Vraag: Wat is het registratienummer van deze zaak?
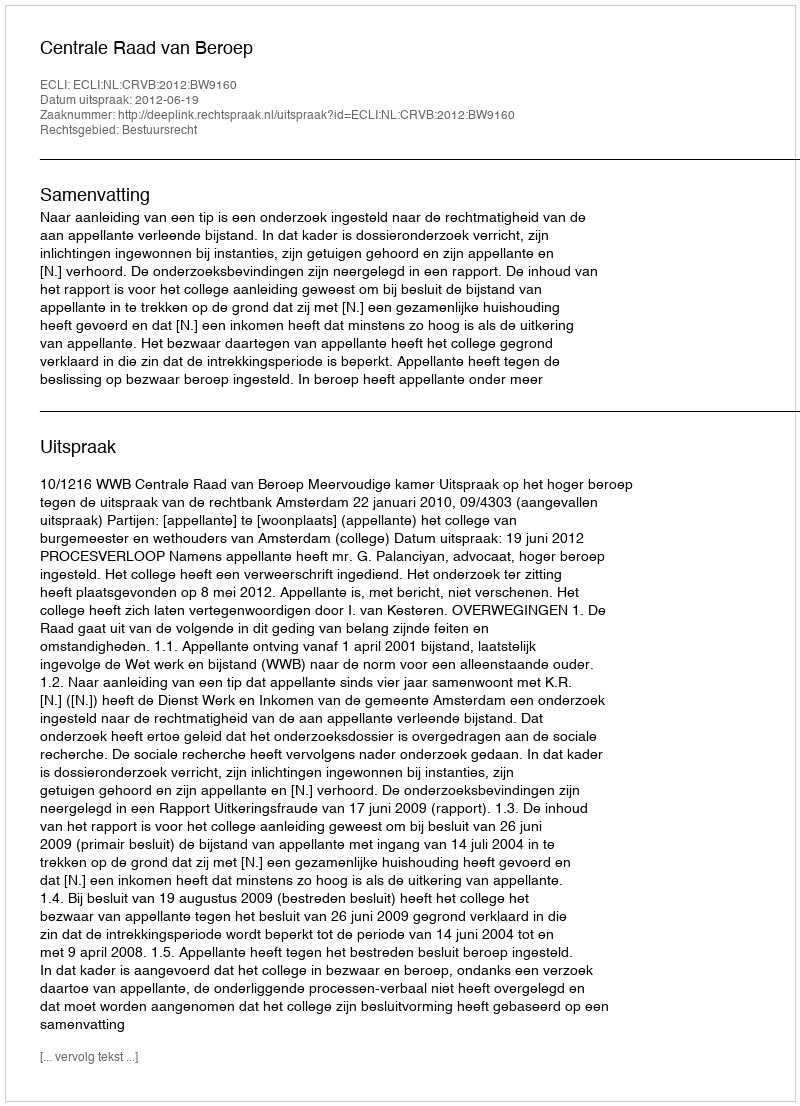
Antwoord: http://deeplink.rechtspraak.nl/uitspraak?id=ECLI:NL:CRVB:2012:BW9160